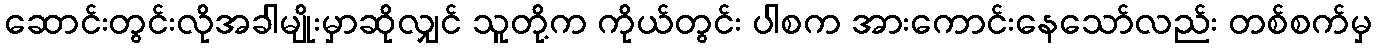
ဆောင်းတွင်းလိုအခါမျိုးမှာဆိုလျှင် သူတို့က ကိုယ်တွင်း ပါစက အားကောင်းနေသော်လည်း တစ်စက်မှ